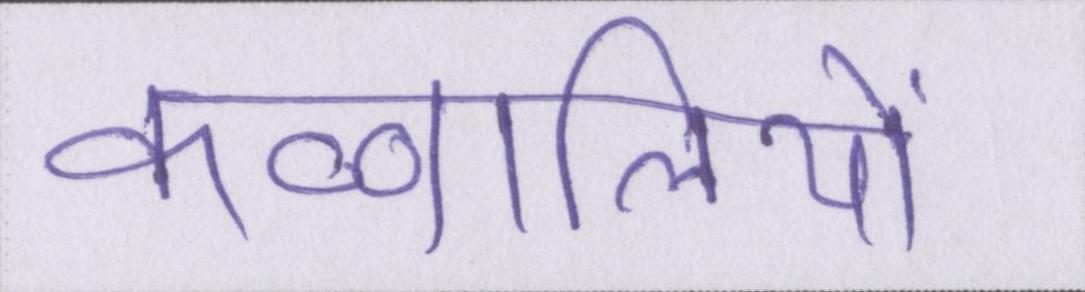
कव्वालियों